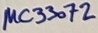
Text: MC33072